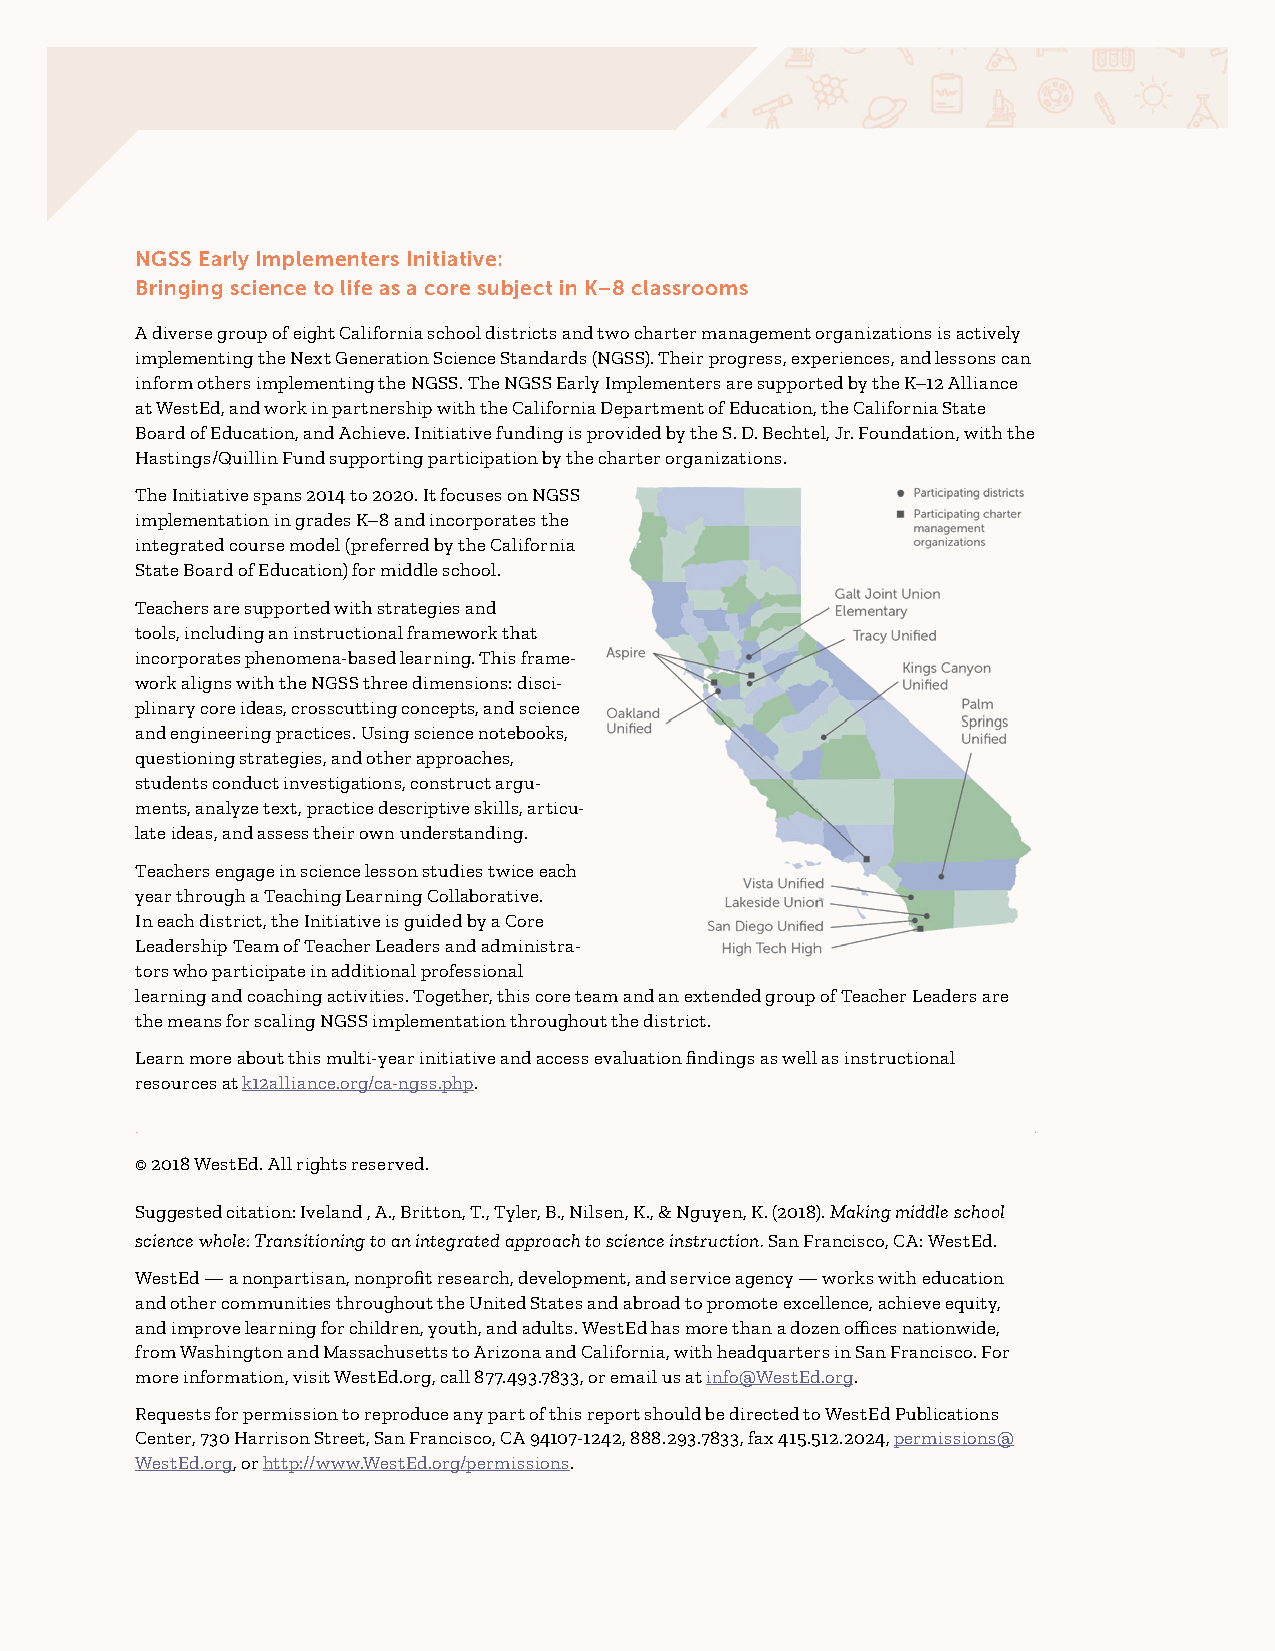
NGSS Early Implementers Initiative:
 Bringing science to life as a core subject in K–8 classrooms
 A diverse group of eight California school districts and two charter management organizations is actively
 implementing the Next Generation Science Standards (NGSS). Their progress, experiences, and lessons can
 inform others implementing the NGSS. The NGSS Early Implementers are supported by the K–12 Alliance
 at WestEd, and work in partnership with the California Department of Education, the California State
 Board of Education, and Achieve. Initiative funding is provided by the S. D. Bechtel, Jr. Foundation, with the
 Hastings/Quillin Fund supporting participation by the charter organizations.
 The Initiative spans 2014 to 2020. It focuses on NGSS
 implementation in grades K–8 and incorporates the
 integrated course model (preferred by the California
 State Board of Education) for middle school.
 Teachers are supported with strategies and
 tools, including an instructional framework that
 incorporates phenomena-based learning. This frame-
 work aligns with the NGSS three dimensions: disci-
 plinary core ideas, crosscutting concepts, and science
 and engineering practices. Using science notebooks,
 questioning strategies, and other approaches,
 students conduct investigations, construct argu-
 ments, analyze text, practice descriptive skills, articu-
 late ideas, and assess their own understanding.
 Teachers engage in science lesson studies twice each
 year through a Teaching Learning Collaborative.
 In each district, the Initiative is guided by a Core
 Leadership Team of Teacher Leaders and administra-
 tors who participate in additional professional
 learning and coaching activities. Together, this core team and an extended group of Teacher Leaders are
 the means for scaling NGSS implementation throughout the district.
 Learn more about this multi-year initiative and access evaluation findings as well as instructional
 resources at k12alliance.org/ca-ngss.php.
 © 2018 WestEd. All rights reserved.
 Suggested citation: Iveland , A., Britton, T., Tyler, B., Nilsen, K., & Nguyen, K. (2018). Making middle school
 science whole: Transitioning to an integrated approach to science instruction. San Francisco, CA: WestEd.
 WestEd — a nonpartisan, nonprofit research, development, and service agency — works with education
 and other communities throughout the United States and abroad to promote excellence, achieve equity,
 and improve learning for children, youth, and adults. WestEd has more than a dozen offices nationwide,
 from Washington and Massachusetts to Arizona and California, with headquarters in San Francisco. For
 more information, visit WestEd.org, call 877.493.7833, or email us at info@WestEd.org.
 Requests for permission to reproduce any part of this report should be directed to WestEd Publications
 Center, 730 Harrison Street, San Francisco, CA 94107-1242, 888.293.7833, fax 415.512.2024, permissions@
 WestEd.org, or http://www.WestEd.org/permissions.
 i